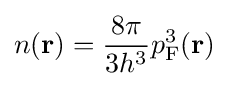
n(\mathbf {r} )={\frac {8\pi }{3h^{3}}}p_{\text{F}}^{3}(\mathbf {r} )